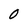
Character: O